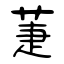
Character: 萐